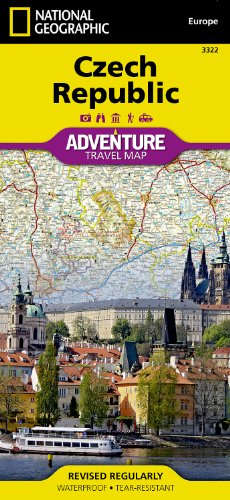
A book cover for Czech Republic (National Geographic Adventure Map); National Geographic Maps - Adventure; Travel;